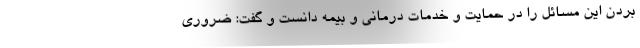
بردن این مسائل را در حمایت و خدمات درمانی و بیمه دانست و گفت: ضروری